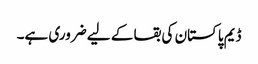
ڈیم پاکستان کی بقا کے لیے ضروری ہے۔